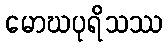
မောဃပုရိသဿ